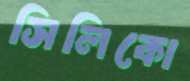
সিলিকো